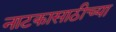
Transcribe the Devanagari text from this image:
नाटकासाठीच्या